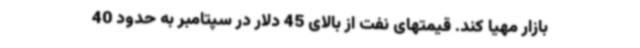
بازار مهیا کند. قیمتهای نفت از بالای 45 دلار در سپتامبر به حدود 40